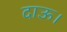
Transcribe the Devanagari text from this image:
दाऊ।